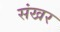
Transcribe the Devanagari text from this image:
संखर